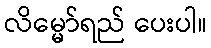
လိမ္မော်ရည် ပေးပါ။